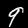
Label: 9